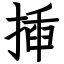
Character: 揷